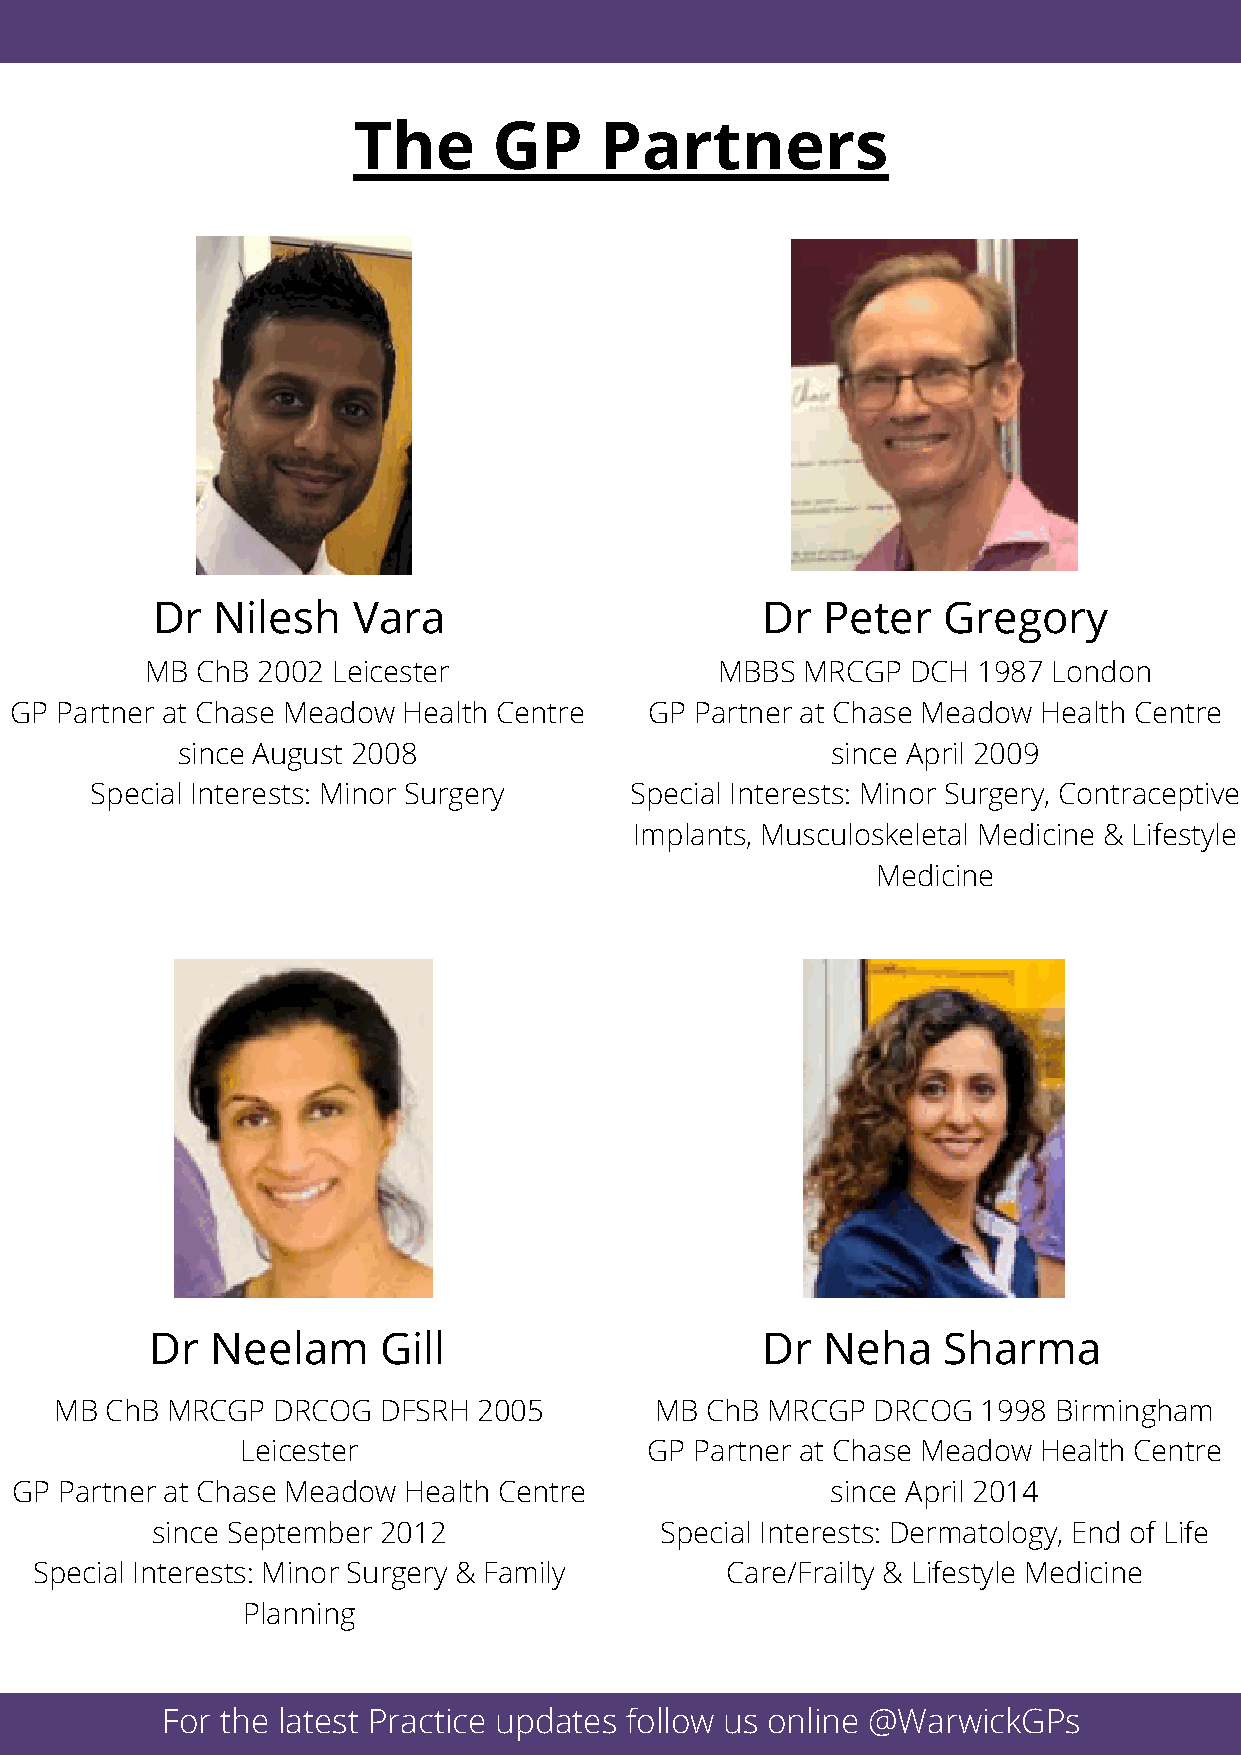
The       GP     Partners
 Dr  Nilesh   Vara                       Dr  Peter   Gregory
 MB ChB 2002 Leicester                 MBBS MRCGP  DCH  1987 London
 GP Partner at Chase Meadow Health Centre  GP Partner at Chase Meadow Health Centre
 since August 2008                          since April 2009
 Special Interests: Minor Surgery    Special Interests: Minor Surgery, Contraceptive
 Implants, Musculoskeletal Medicine & Lifestyle
 Medicine
 Dr  Neelam     Gill                     Dr  Neha    Sharma
 MB ChB MRCGP  DRCOG  DFSRH  2005       MB  ChB MRCGP  DRCOG  1998 Birmingham
 Leicester                  GP Partner at Chase Meadow Health Centre
 GP Partner at Chase Meadow Health Centre              since April 2014
 since September 2012              Special Interests: Dermatology, End of Life
 Special Interests: Minor Surgery & Family     Care/Frailty & Lifestyle Medicine
 Planning
 For the latest Practice updates follow us online @WarwickGPs